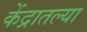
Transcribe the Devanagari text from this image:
केंद्रातल्या